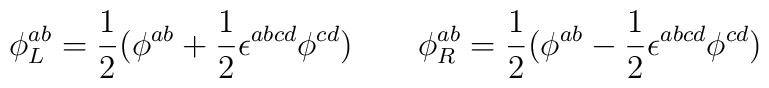
\phi _L^{ab}=\frac 12(\phi ^{ab}+\frac 12\epsilon ^{abcd}\phi ^{cd})\quad\quad \phi _R^{ab}=\frac 12(\phi ^{ab}-\frac 12\epsilon ^{abcd}\phi ^{cd})